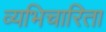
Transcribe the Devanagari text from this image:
व्यभिचारिता